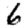
Digit: 6